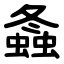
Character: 螽